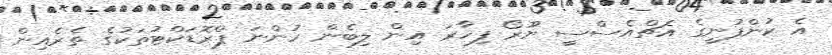
އެ ކުންފުނީގެ އެޗްއެސްސީ ޔޫރޯ ފިހާރަ އިން ލިބެން ހުންނަ ޕްރޮޑަކްޓުތަކުގެ ތެރެއިން